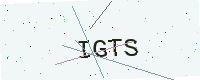
Text: IGTS